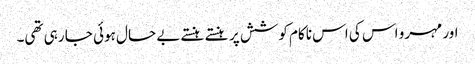
اور مہرو اس کی اس ناکام کوشش پر ہنستے ہنستے بے حال ہوئی جا رہی تھی۔